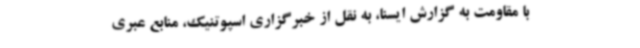
با مقاومت به گزارش ایسنا، به نقل از خبرگزاری اسپوتنیک، منابع عبری